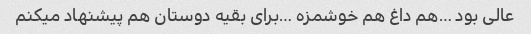
عالی بود …هم داغ هم خوشمزه …برای بقیه دوستان هم پیشنهاد میکنم